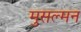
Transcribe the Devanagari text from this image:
मुसल्मन